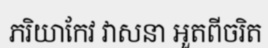
ភរិយាកែវ វាសនា អួតពីចរិត